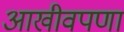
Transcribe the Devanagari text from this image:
आखीवपणा